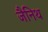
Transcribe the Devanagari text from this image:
जैनिथ